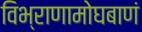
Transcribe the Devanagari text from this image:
विभ्राणामोघबाणं